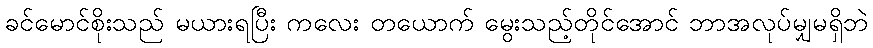
ခင်မောင်စိုးသည် မယားရပြီး ကလေး တယောက် မွေးသည့်တိုင်အောင် ဘာအလုပ်မျှမရှိဘဲ